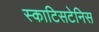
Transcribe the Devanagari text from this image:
स्काटिसटेनिस